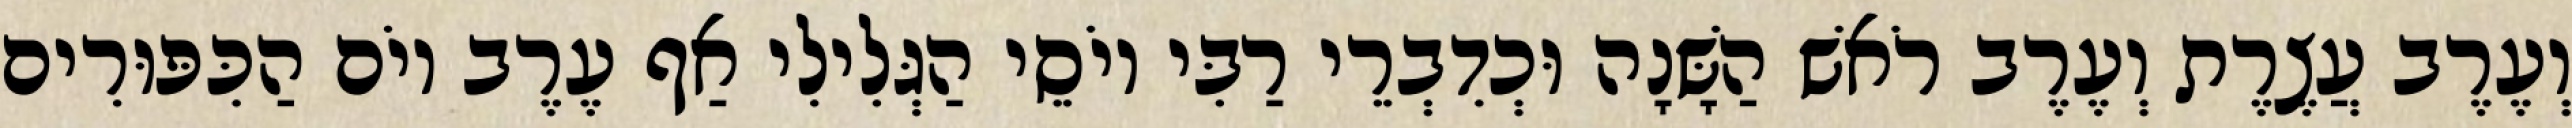
וְעֶרֶב עֲצֶרֶת וְעֶרֶב רֹאשׁ הַשָּׁנָה וּכְדִבְרֵי רַבִּי יוֹסֵי הַגְּלִילִי אַף עֶרֶב יוֹם הַכִּפּוּרִים